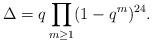
LaTeX: \begin{align*} \Delta = q\prod_{m\geq1}(1-q^m)^{24}.\end{align*}